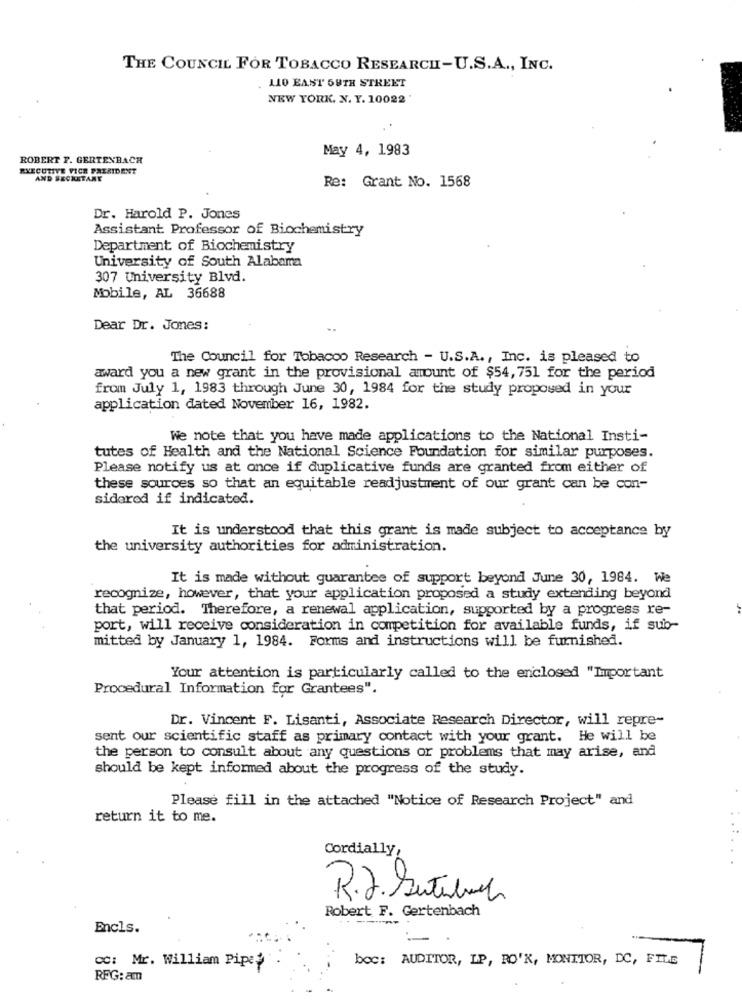
THE COUNCIL FOR TOBACCO RESEARCHI-U.S.A ., INC.
110 EAST 59TH STREET
NEW YORK. N. Y. 10022'
May 4, 1983
ROBERT F. GERTENBACH
EXECUTIVE VICE PRESIDENT
AND SECKETANY
Re: Grant No. 1568
Dr. Harold P. Jones
Assistant Professor of Biochemistry
Department of Biochemistry
University of South Alabama
307 University Blvd.
Mobile, AL 36688
Dear Dr. Jones:
The Council for Tobacco Research - U.S.A ., Inc. is pleased to
award you a new grant in the provisional amount of $54, 751 for the period
from July 1, 1983 through June 30, 1984 for the study proposed in your
application dated November 16, 1982.
We note that you have made applications to the National Insti-
tutes of Health and the National Science Foundation for similar purposes.
Please notify us at once if duplicative funds are granted from either of
these sources so that an equitable readjustment of our grant can be con-
sidored if indicated.
It is understood that this grant is made subject to acceptance by
the university authorities for administration.
It is made without guarantee of support beyond June 30, 1984. We
recognize, however, that your application proposed a study extending beyond
that period. Therefore, a renewal application, supported by a progress re-
port, will receive consideration in competition for available funds, if sub-
mitted by January 1, 1984. Forms and instructions will be furnished.
Your attention is particularly called to the enclosed "Important
Procedural Information for Grantees".
Dr. Vincent F. Lisanti, Associate Research Director, will repre-
sent our scientific staff as primary contact with your grant. He will be
the person to consult about any questions or problems that may arise, and
should be kept informed about the progress of the study.
Please fill in the attached "Notice of Research Project" and
return it to me.
Cordially,
R.J. Sutilch
Robert F. Gertenbach
- ----
Encls.
CC: Mr. William Pipe
boc: AUDITOR, LP, RO'K, MONITOR, DC, FILE
RFG: am